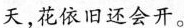
天，花依旧还会开。